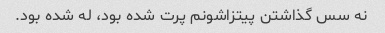
نه سس گذاشتن پیتزاشونم پرت شده بود، له شده بود.